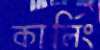
কার্লিং